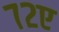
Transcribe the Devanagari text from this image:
७२ए